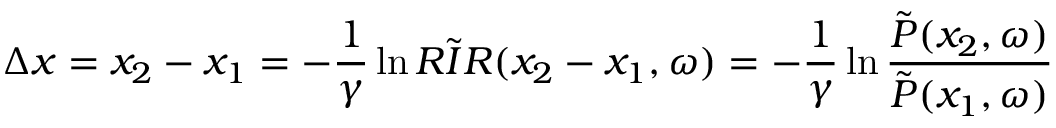
\Delta x = x _ { 2 } - x _ { 1 } = - \frac { 1 } { \gamma } \ln \Tilde { R I R } ( x _ { 2 } - x _ { 1 } , \omega ) = - \frac { 1 } { \gamma } \ln \frac { \Tilde { P } ( x _ { 2 } , \omega ) } { \Tilde { P } ( x _ { 1 } , \omega ) }